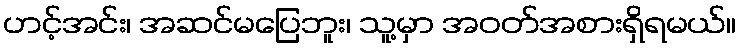
ဟင့်အင်း၊ အဆင်မပြေဘူး၊ သူ့မှာ အဝတ်အစားရှိရမယ်။